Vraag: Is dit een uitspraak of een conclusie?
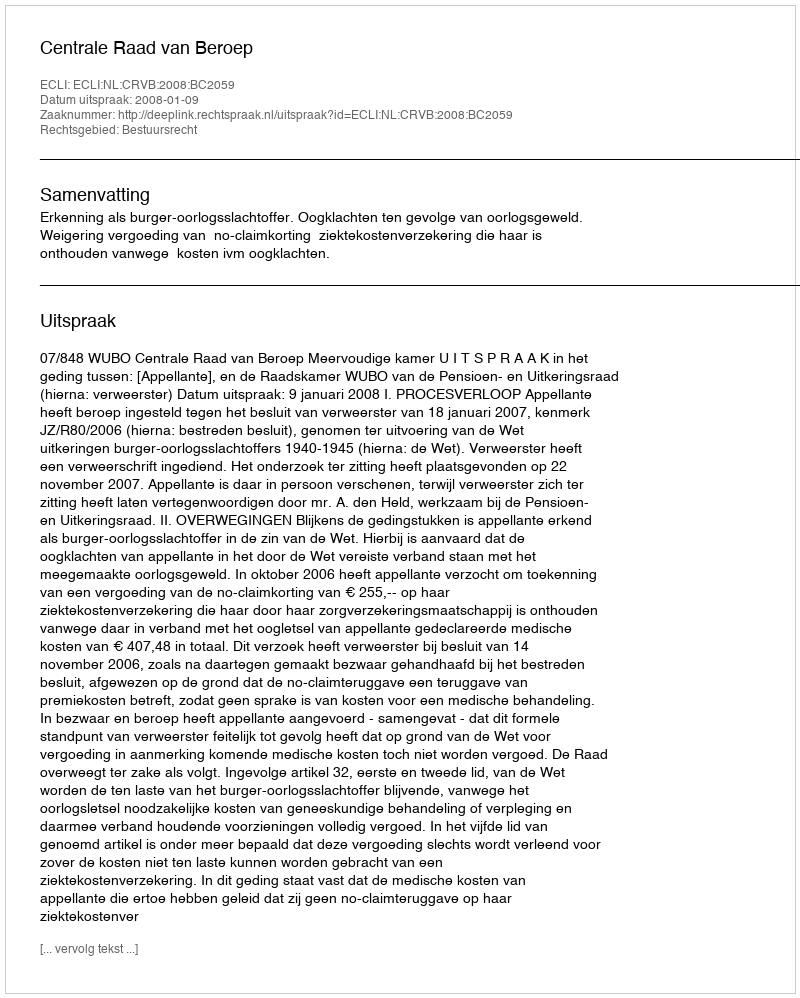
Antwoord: Uitspraak